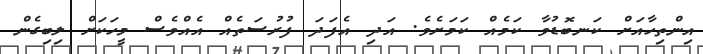
އިންތިހާއަށް ކަނބޮޑުވާ ކަމެއް ކަމަށެވެ. އަދި އެފަދަ ފުރުސަތެއް އެއްވެސް މީހަކަށް ލިބިގެން